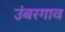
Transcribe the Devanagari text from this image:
उंबरगाव